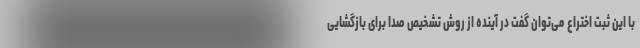
با این ثبت اختراع می‌توان گفت در آینده از روش تشخیص صدا برای بازگشایی